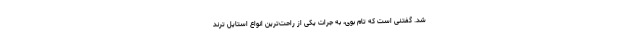
شد. گفتنی است که تام بوی، به جرات یکی از راحت‌ترین انواع استایل ترند